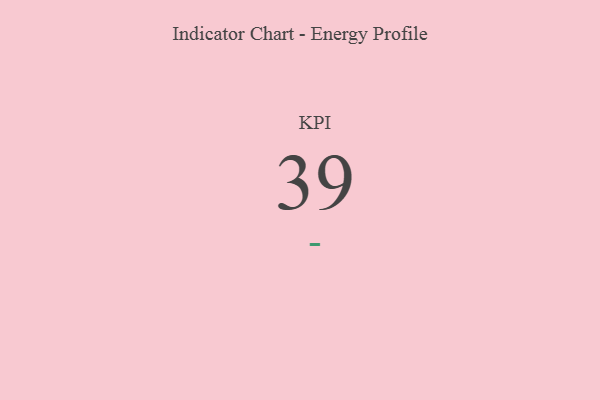
{"axis": {"x": "KPI", "y": "Value"}, "legend": [""], "data": [{"x": "KPI", "y": 39, "type": ""}]}